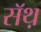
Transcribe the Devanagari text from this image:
सॅथ़